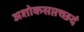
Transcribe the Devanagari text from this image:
अशोकसप्तच्छदं